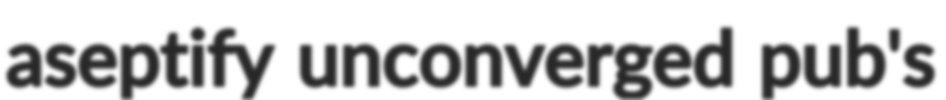
aseptify unconverged pub's